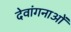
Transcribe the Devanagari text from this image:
देवांगनाओं